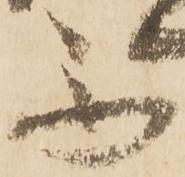
不